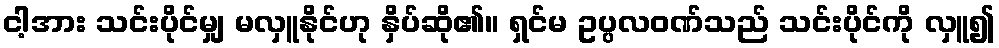
ငါ့အား သင်းပိုင်မျှ မလှူနိုင်ဟု နှိပ်ဆို၏။ ရှင်မ ဥပ္ပလဝဏ်သည် သင်းပိုင်ကို လှူ၍